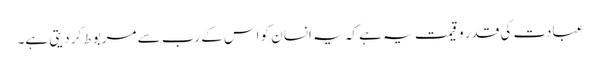
عبادت کی قدر و قیمت یہ ہے کہ یہ انسان کو اس کے رب سے مربوط کر دیتی ہے۔